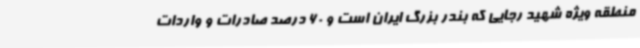
منطقه ویژه شهید رجایی که بندر بزرگ ایران است و 60 درصد صادرات و واردات